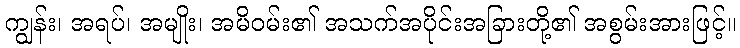
ကျွန်း၊ အရပ်၊ အမျိုး၊ အမိဝမ်း၏ အသက်အပိုင်းအခြားတို့၏ အစွမ်းအားဖြင့်။